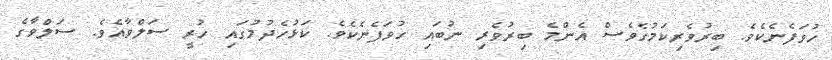
ހުވަފެނެކެވެ. ބިރުވެރިކަމުގެވެސް އެންމެ ބިރުވެރި ނުބައި ހުވަފެނެކެވެ. ކަޅުހެދުމުގައި ހުރީ ސަލްވާއެވެ. ސަލްވާގެ